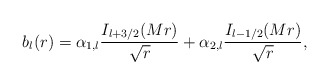
\begin{align*}b_{l}(r)=\alpha_{1,l}{I_{l+3/2}(Mr)\over \sqrt{r}}+\alpha_{2,l}{I_{l-1/2}(Mr)\over \sqrt{r}},\end{align*}